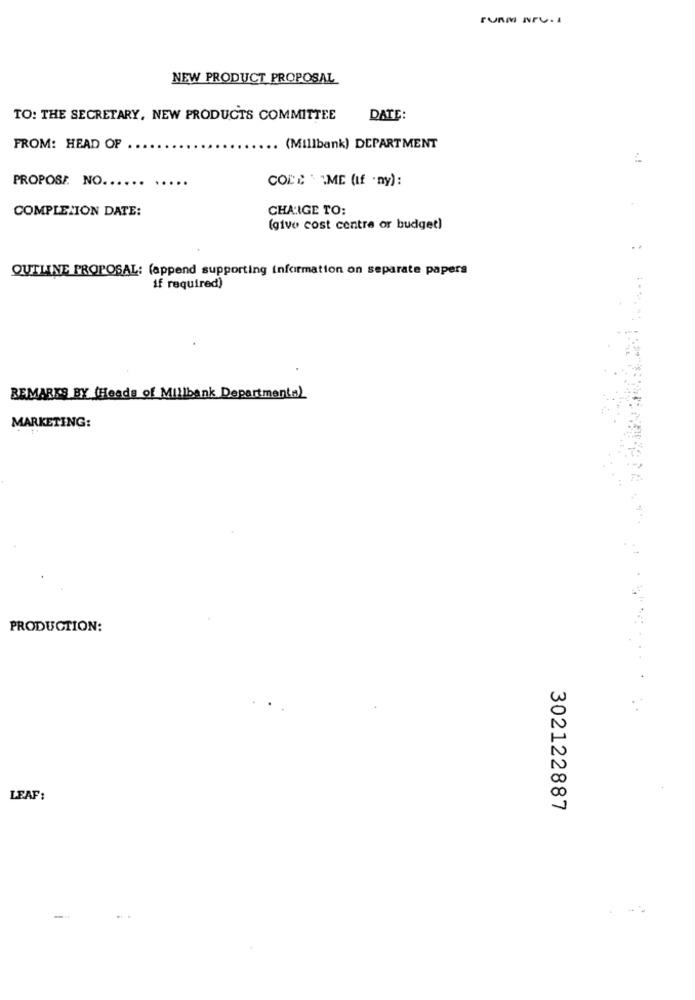
TURM NrV. 1
NEW PRODUCT PROPOSAL
TO: THE SECRETARY, NEW PRODUCTS COMMITTEE
DATE :
FROM: HEAD OF .
.. (Millbank) DEPARTMENT
PROPOSE. NO.
COLE \ "ME (If .ny):
COMPLETION DATE:
CHANGE TO:
(give cost centre or budget)
QUILINE PROPOSAL: (append supporting information on separate papers
if required)
REMARKS BY (Heads of Millbank Departmenta)
MARKETING:
PRODUCTION:
LEAF:
302122887